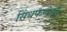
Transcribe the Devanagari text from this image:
सिंधफणेची